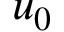
u _ { 0 }